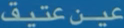
عَتِيبْ عَب